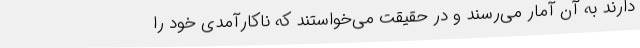
دارند به آن آمار می‌رسند و در حقیقت می‌خواستند که ناکارآمدی خود را